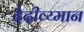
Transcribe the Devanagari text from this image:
दैदीव्य्मान